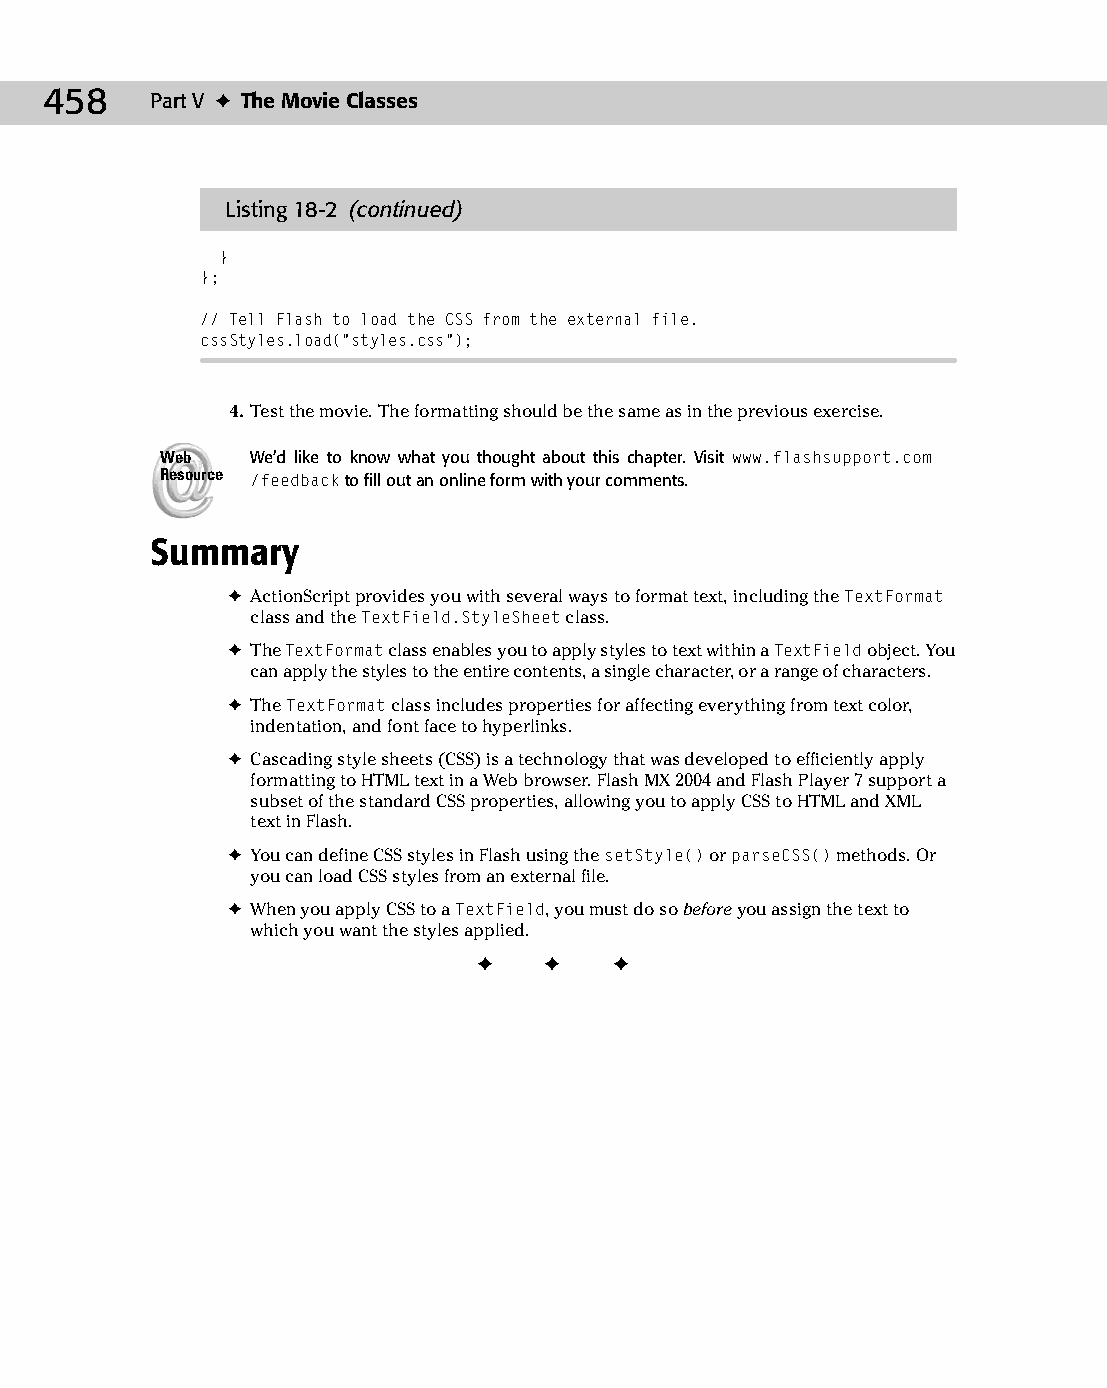
24 543547 ch18.qxd 3/24/04 4:10 PM Page 458
 458    Part V ✦ The Movie Classes
 Listing 18-2 (continued)
 }
 };
 // Tell Flash to load the CSS from the external file.
 cssStyles.load(“styles.css”);
 4. Test the movie. The formatting should be the same as in the previous exercise.
 Web   We’d like to know what you thought about this chapter. Visit www.flashsupport.com
 Resource /feedback to fill out an online form with your comments.
 Summary
 ✦ ActionScript provides you with several ways to format text, including the TextFormat
 class and the TextField.StyleSheet class.
 ✦ The TextFormat class enables you to apply styles to text within a TextField object. You
 can apply the styles to the entire contents, a single character, or a range of characters.
 ✦ The TextFormat class includes properties for affecting everything from text color,
 indentation, and font face to hyperlinks.
 ✦ Cascading style sheets (CSS) is a technology that was developed to efficiently apply
 formatting to HTML text in a Web browser. Flash MX 2004 and Flash Player 7 support a
 subset of the standard CSS properties, allowing you to apply CSS to HTML and XML
 text in Flash.
 ✦ You can define CSS styles in Flash using the setStyle() or parseCSS() methods. Or
 you can load CSS styles from an external file.
 ✦ When you apply CSS to a TextField, you must do so before you assign the text to
 which you want the styles applied.
 ✦  ✦  ✦